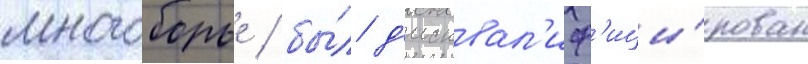
многоборье / бы́л д'исквал'иф'ици́рован